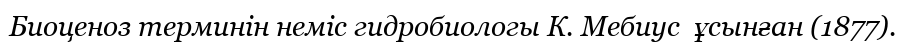
Биоценоз терминін неміс гидробиологы К. Мебиус  ұсынған (1877).